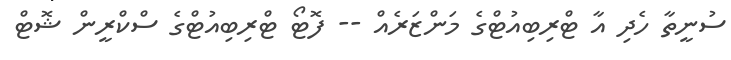
ސުނީތާ ހެދި އާ ޓްރިބިއުޓްގެ މަންޒަރެއް -- ފޮޓޯ ޓްރިބިިއުޓްގެ ސްކްރީން ޝޮޓް